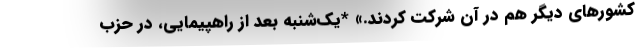
کشورهای دیگر هم در آن شرکت کردند.» *یک‌شنبه بعد از راهپیمایی، در حزب